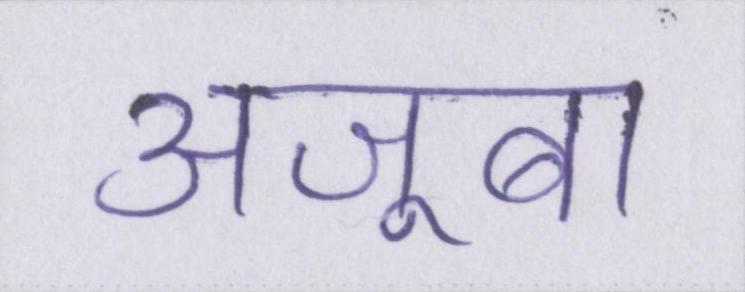
अजूबा